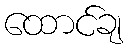
ထောင်ချ